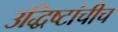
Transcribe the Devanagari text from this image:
उद्धिष्टांचीच